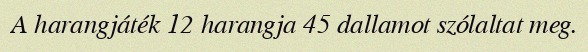
A harangjáték 12 harangja 45 dallamot szólaltat meg.